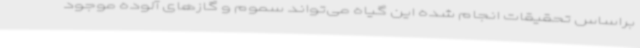
براساس تحقیقات انجام شده این گیاه می‌تواند سموم و گازهای آلوده موجود